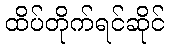
ထိပ်တိုက်ရင်ဆိုင်